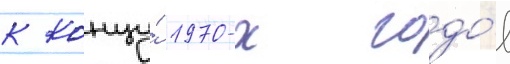
к концу́ 1970-х годо́в